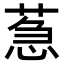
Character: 𦳌